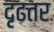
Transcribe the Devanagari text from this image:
दृढतर